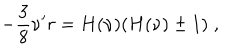
- \frac { 3 } { 8 } \nu ^ { \prime } r = H ( \nu ) ( H ( \nu ) \pm 1 ) \; ,